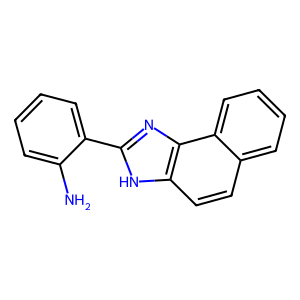
SMILES: Nc1ccccc1-c1nc2c(ccc3ccccc32)[nH]1
Inhibits HIV replication: No